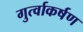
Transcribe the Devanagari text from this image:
गुर्त्वाकर्षण